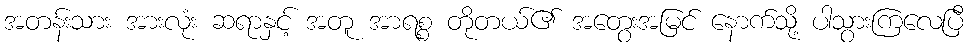
အတန်းသား အားလုံး ဆရာနှင့် အတူ အာရစ္စ တိုတယ်၏ အတွေးအမြင် နောက်သို့ ပါသွားကြလေပြီ